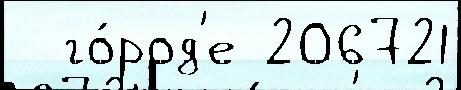
  го́род'е 206721